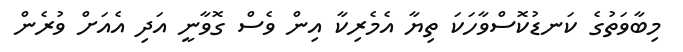
މިބާވަތުގެ ކަނޑުކޮސްވާހަކަ ތިޔާ އެމެރިކާ އިން ވެސް ގޮވާނީ އަދި އެއަށް ވުރެން